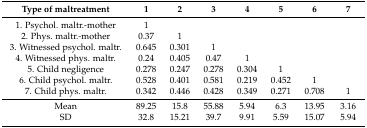
| Type of maltreatment | 1 | 2 | 3 | 4 | 5 | 6 | 7 |
 | --- | --- | --- | --- | --- | --- | --- | --- |
 | 1. Psychol. maltr.-mother | 1 |  |  |  |  |  |  |
 | 2. Phys. maltr.-mother | 0.37 | 1 |  |  |  |  |  |
 | 3. Witnessed psychol. maltr. | 0.645 | 0.301 | 1 |  |  |  |  |
 | 4. Witnessed phys. maltr. | 0.24 | 0.405 | 0.47 | 1 |  |  |  |
 | 5. Child negligence | 0.278 | 0.247 | 0.278 | 0.304 | 1 |  |  |
 | 6. Child psychol. maltr. | 0.528 | 0.401 | 0.581 | 0.219 | 0.452 | 1 |  |
 | 7. Child phys. maltr. | 0.342 | 0.446 | 0.428 | 0.349 | 0.271 | 0.708 | 1 |
 | Mean | 89.25 | 15.8 | 55.88 | 5.94 | 6.3 | 13.95 | 3.16 |
 | SD | 32.8 | 15.21 | 39.7 | 9.91 | 5.59 | 15.07 | 5.94 |